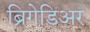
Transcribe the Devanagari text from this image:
ब्रिगेडिअर